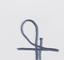
Signature authenticity: forged